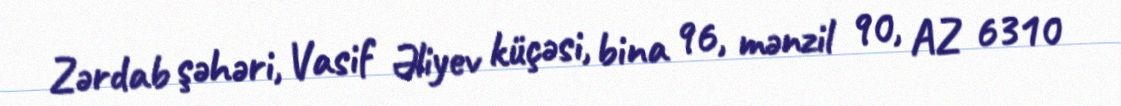
Zərdab şəhəri, Vasif Əliyev küçəsi, bina 96, mənzil 90, AZ 6310